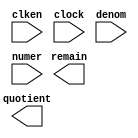
module reciprocal (
	clken,
	clock,
	denom,
	numer,
	quotient,
	remain);

	input	  clken;
	input	  clock;
	input	[18:0]  denom;
	input	[18:0]  numer;
	output	[18:0]  quotient;
	output	[18:0]  remain;

endmodule